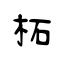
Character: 柘